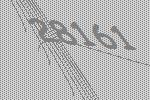
28161